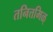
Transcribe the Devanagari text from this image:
तनित्तमिळ्